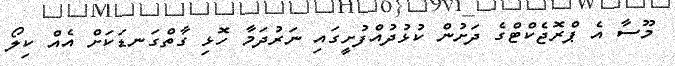
މޫސާ އެ ޕްރޮޖެކްޓްގެ ދަށުން ކުޅުދުއްފުށީގައި ނަރުދަމާ ހޮޅި ގާތްގަނޑަކަށް އެއް ކިލޯ